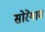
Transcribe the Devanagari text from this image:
सोरेगाव